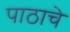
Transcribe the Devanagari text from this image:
पाठाचे